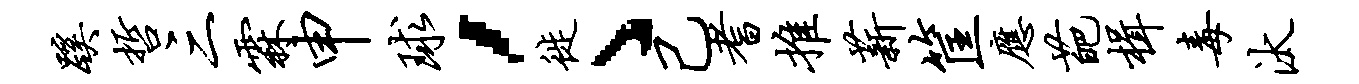
蹊哲三霖申球，徙丶己耆推薪筐应葩楫毒汰